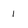
Character: i